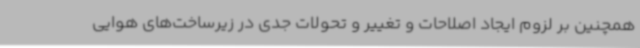
همچنین بر لزوم ایجاد اصلاحات و تغییر و تحولات جدی در زیرساخت‌های هوایی